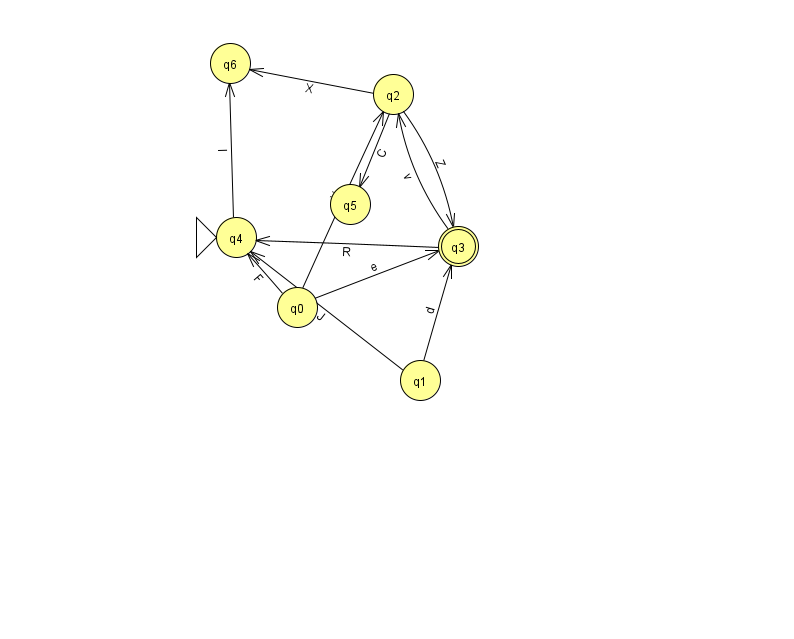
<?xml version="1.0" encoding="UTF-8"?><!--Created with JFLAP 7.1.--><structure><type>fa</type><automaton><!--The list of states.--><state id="0" name="q0"><x>297.0</x><y>294.0</y></state><state id="1" name="q1"><x>420.0</x><y>367.0</y></state><state id="2" name="q2"><x>393.0</x><y>81.0</y></state><state id="3" name="q3"><x>458.0</x><y>233.0</y><final/></state><state id="4" name="q4"><x>236.0</x><y>224.0</y><initial/></state><state id="5" name="q5"><x>350.0</x><y>191.0</y></state><state id="6" name="q6"><x>230.0</x><y>50.0</y></state><!--The list of transitions.--><transition><from>2</from><to>6</to><read>X</read></transition><transition><from>3</from><to>2</to><read>v</read></transition><transition><from>3</from><to>4</to><read>R</read></transition><transition><from>4</from><to>6</to><read>l</read></transition><transition><from>1</from><to>4</to><read>J</read></transition><transition><from>0</from><to>3</to><read>e</read></transition><transition><from>0</from><to>4</to><read>F</read></transition><transition><from>2</from><to>3</to><read>Z</read></transition><transition><from>1</from><to>3</to><read>d</read></transition><transition><from>0</from><to>2</to><read>X</read></transition><transition><from>2</from><to>5</to><read>C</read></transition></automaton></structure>